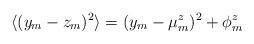
LaTeX: \begin{align*}\langle(y_m-z_m)^2\rangle=(y_m-\mu^z_m)^2+\phi_m^z\end{align*}